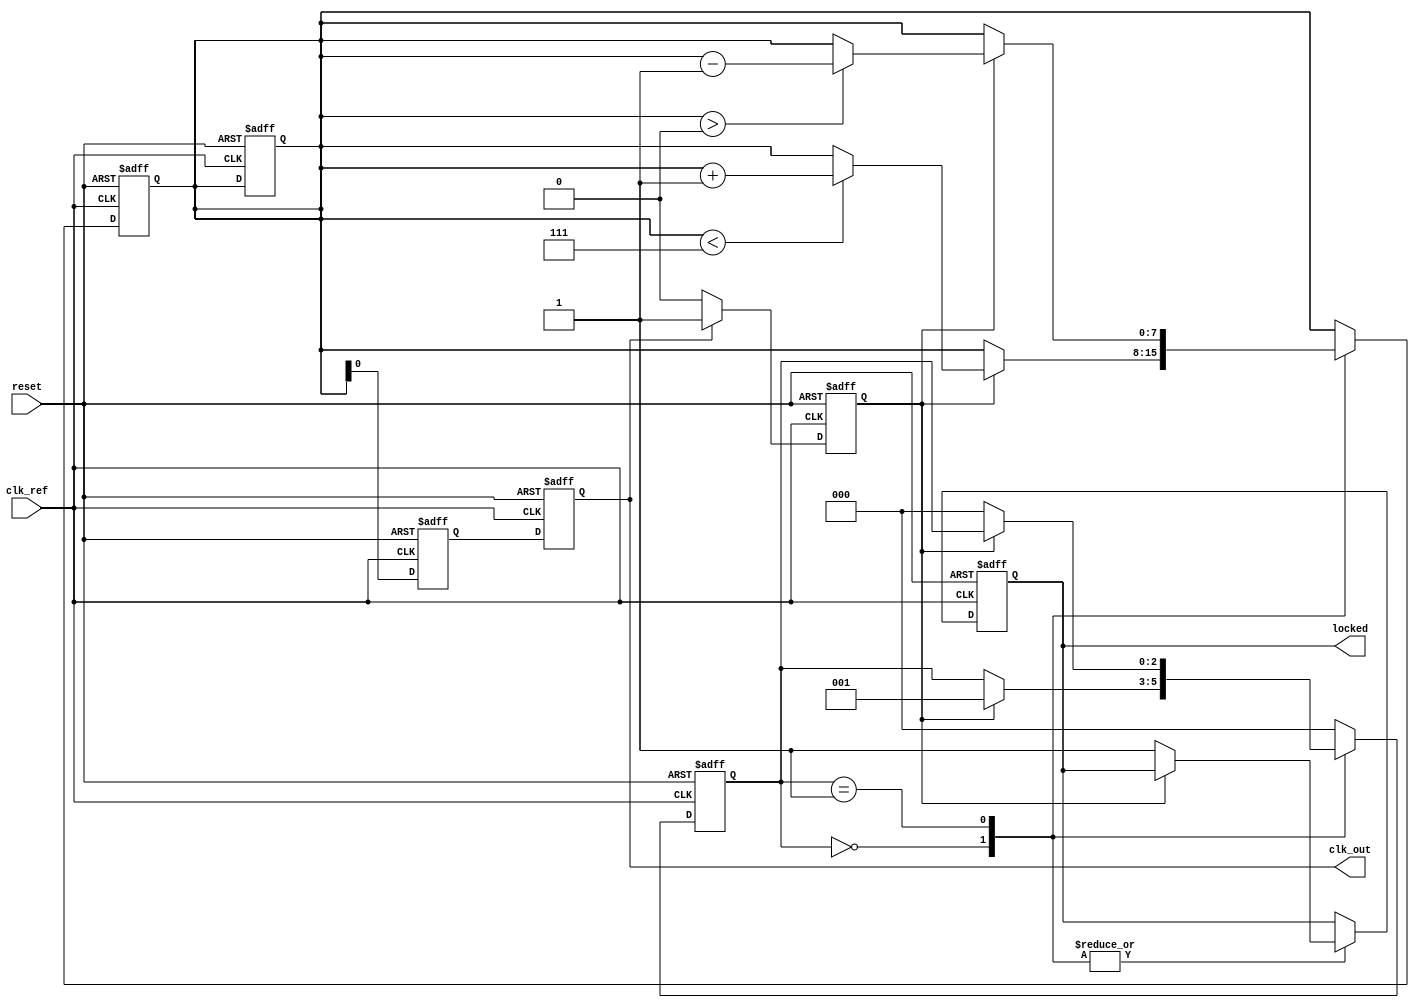
module MemoryBlocksDLL (
    input wire clk_ref,              // Reference clock input
    input wire reset,                // Reset signal
    output wire clk_out,             // Output clock
    output wire locked               // Lock status output
);

// Parameters
parameter NUM_DELAY_BLOCKS = 8;   // Number of memory blocks in the delay line
parameter DELAY_STEP = 1;          // Delay step in clock cycles

// Internal signals
reg [NUM_DELAY_BLOCKS-1:0] delay_line; // Delay line memory blocks
reg [NUM_DELAY_BLOCKS-1:0] delay_setting; // Current delay settings
reg error_signal;                   // Phase error signal
reg [2:0] state;                   // State for control logic
reg clk_out_reg;                   // Buffered output clock
reg lock_status;                   // Lock status register

// Phase Detector
always @(posedge clk_ref or posedge reset) begin
    if (reset) begin
        error_signal <= 0;
    end else begin
        // Simple phase comparison logic
        if (clk_out_reg) begin
            error_signal <= 1; // Output clock is leading
        end else begin
            error_signal <= 0; // Output clock is lagging
        end
    end
end

// Delay Line Implementation
always @(posedge clk_ref or posedge reset) begin
    if (reset) begin
        delay_line <= 0;
        delay_setting <= 0;
    end else begin
        // Update delay line based on current settings
        delay_line <= delay_setting;
    end
end

// Control Circuit
always @(posedge clk_ref or posedge reset) begin
    if (reset) begin
        state <= 0;
        delay_setting <= 0;
        lock_status <= 0;
    end else begin
        case (state)
            3'b000: begin // Initial state
                if (error_signal) begin
                    // Adjust delay to decrease phase error
                    if (delay_setting < NUM_DELAY_BLOCKS - 1) begin
                        delay_setting <= delay_setting + DELAY_STEP;
                    end
                    state <= 3'b001; // Move to adjust state
                end else begin
                    lock_status <= 1; // Locked
                end
            end
            3'b001: begin // Adjusting delay
                if (!error_signal) begin
                    lock_status <= 1; // Locked
                    state <= 3'b000; // Go back to initial state
                end else begin
                    if (delay_setting > 0) begin
                        delay_setting <= delay_setting - DELAY_STEP; // Incremental adjustment
                    end
                end
            end
            default: state <= 3'b000; // Default state
        endcase
    end
end

// Output Buffering
always @(posedge clk_ref or posedge reset) begin
    if (reset) begin
        clk_out_reg <= 0;
    end else begin
        // Output the clock from the delay line
        clk_out_reg <= delay_line[0]; // Simple example, use the first block's output
    end
end

assign clk_out = clk_out_reg;
assign locked = lock_status;

endmodule